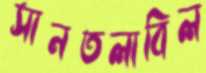
সানতলাবিল